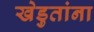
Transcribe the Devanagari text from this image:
खेडुतांना